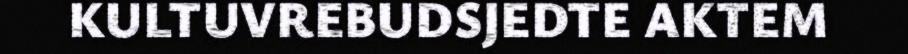
KULTUVREBUDSJEDTE AKTEM